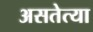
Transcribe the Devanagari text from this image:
असतेत्या